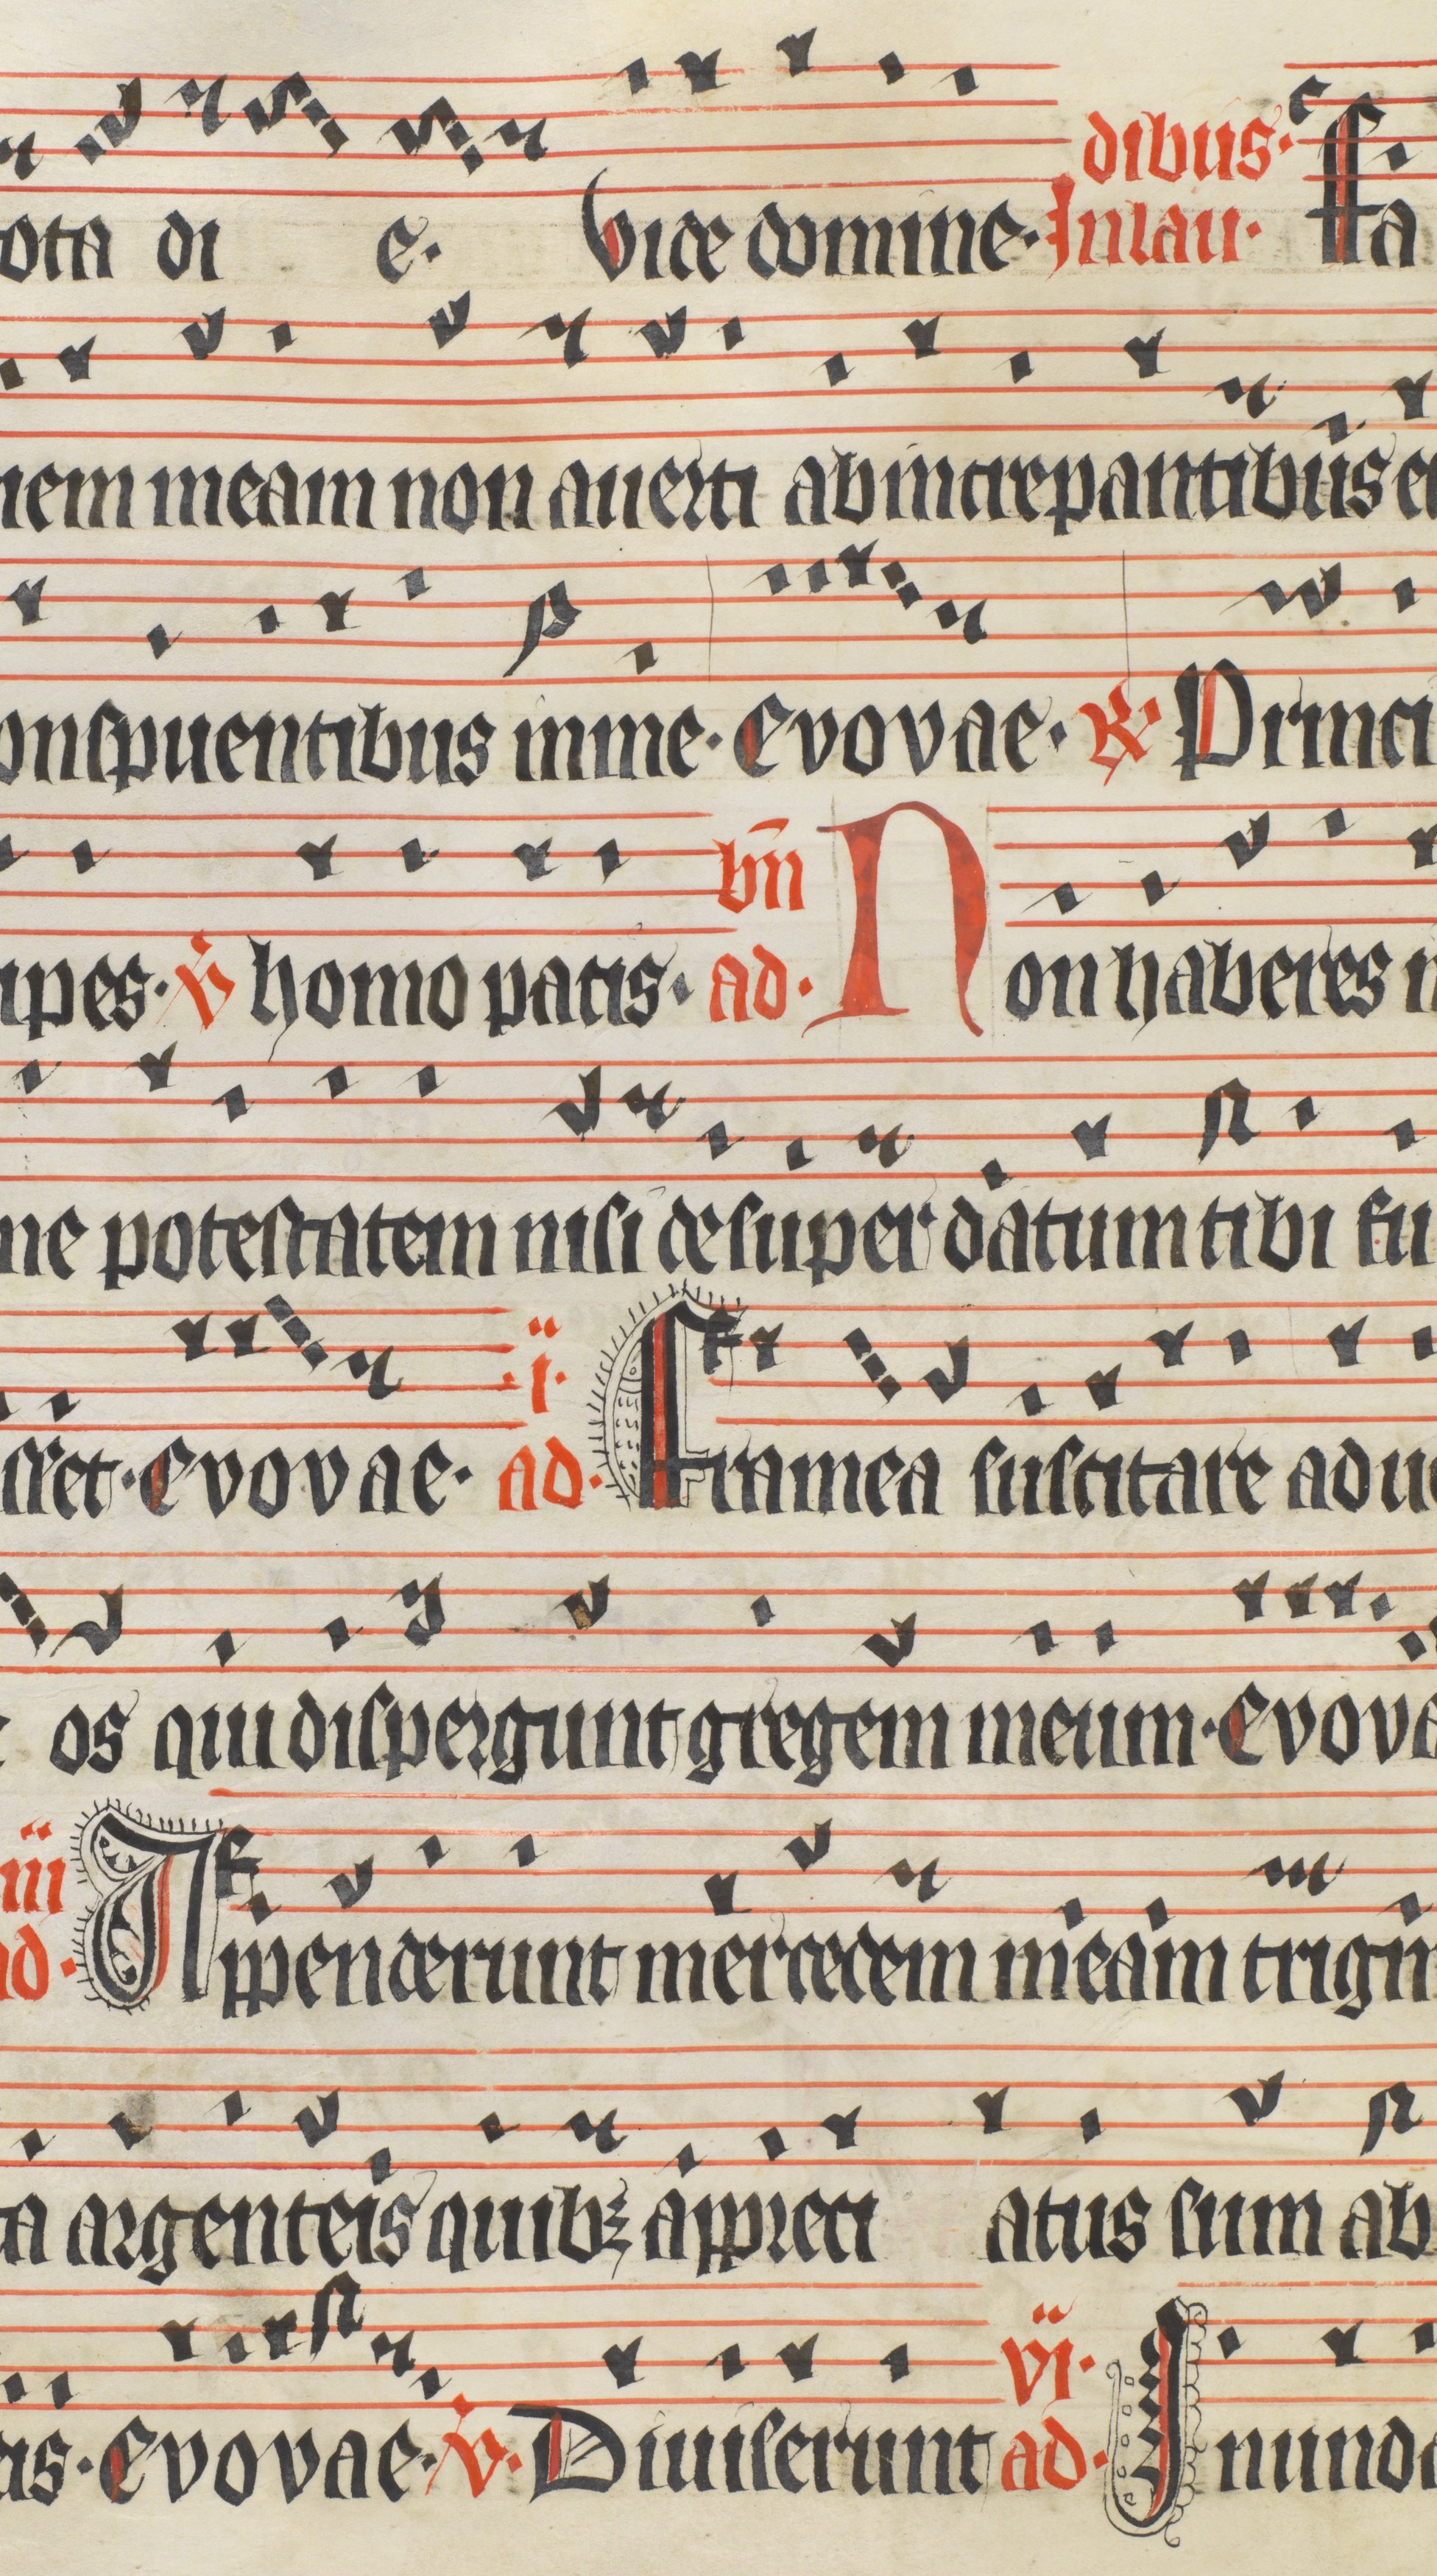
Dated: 1400–1499